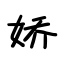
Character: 娇